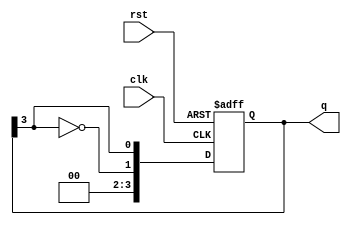
module johnson_counter #(
    parameter N = 4  // Configurable number of flip-flops (must be even)
) (
    input wire clk,       // Clock input
    input wire rst,       // Reset input (active high)
    output reg [N-1:0] q // Output representing the current state of the counter
);

    // Always block to describe the behavior of the Johnson counter
    always @(posedge clk or posedge rst) begin
        if (rst) begin
            // Reset state: set output to zero
            q <= {N{1'b0}};
        end else begin
            // Johnson counter logic
            q <= {~q[N-1], q[N-1:N-1]};  // Shift right and invert the last bit for feedback
        end
    end

endmodule